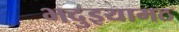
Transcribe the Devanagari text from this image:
भदुइयामठ